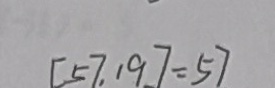
[ 5 7 , 1 9 ] = 5 7